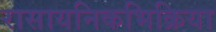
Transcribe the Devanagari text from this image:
रासायनिकभिक्रिया